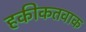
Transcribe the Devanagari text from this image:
हकीकतवाक